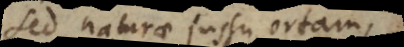
sed naturae jussu ortam,